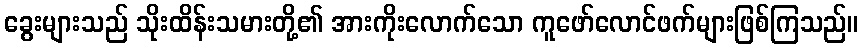
ခွေးများသည် သိုးထိန်းသမားတို့၏ အားကိုးလောက်သော ကူဖော်လောင်ဖက်များဖြစ်ကြသည်။